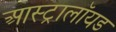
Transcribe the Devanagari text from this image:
आस्ट्रालॉयड